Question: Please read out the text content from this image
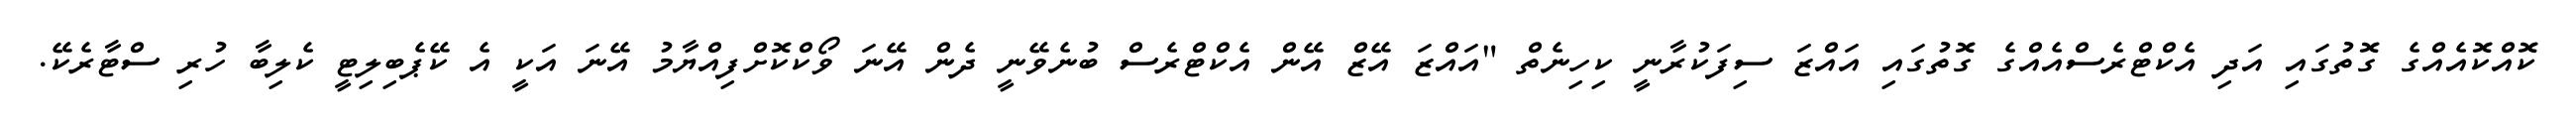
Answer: ކޮއްކޮއެއްގެ ގޮތުގައި އަދި އެކްޓްރެސްއެއްގެ ގޮތުގައި އައްޒަ ސިފަކުރާނީ ކިހިނެތް "އައްޒަ އޭޒް އޭން އެކްޓްރެސް ބުނެވޭނީ ދެން އޭނަ ވޯކްކޮށްފިއްޔާމު އޭނަ އަކީ އެ ކޭޕެބިލިޓީ ކެލިބާ ހުރި ސްޓާރެކޭ.